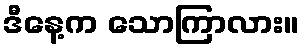
ဒီနေ့က သောကြာလား။